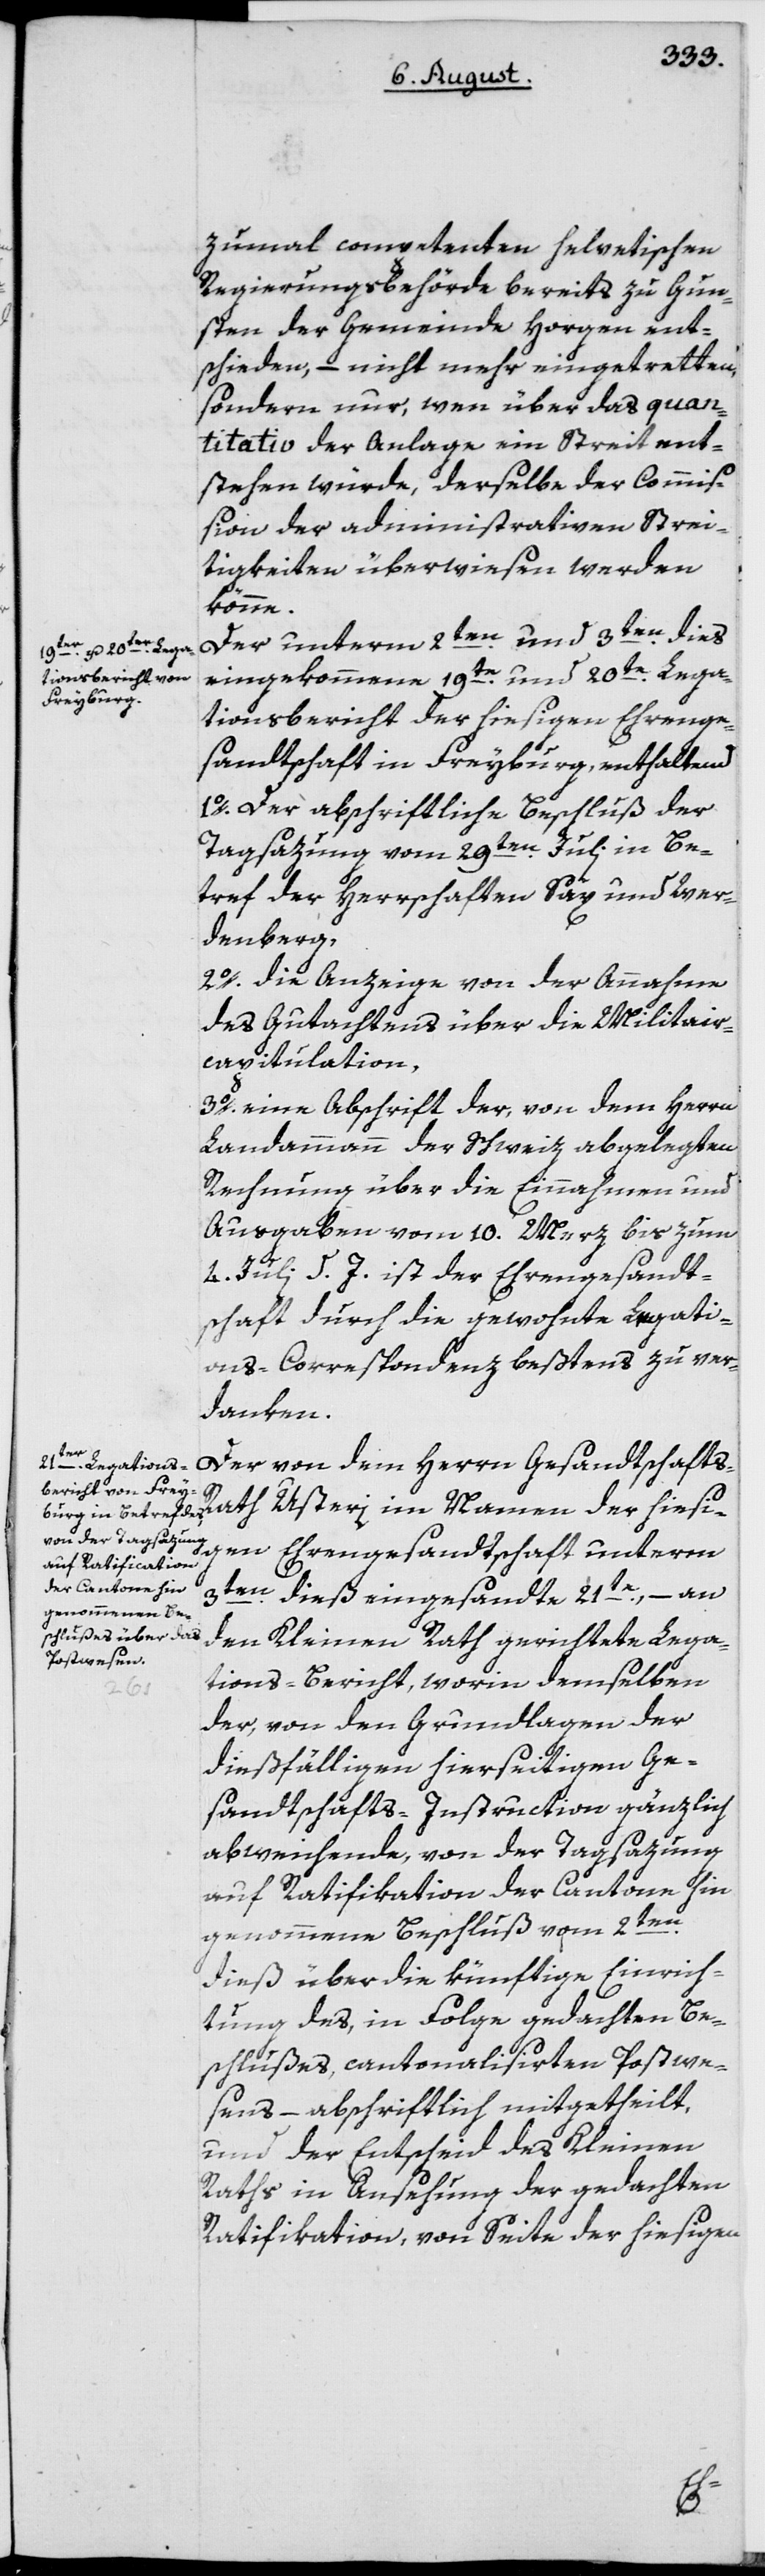
zumal competenten helvetischen
Regierungsbehörde bereits zu Gun¬
sten der Gemeinde Horgen ent¬
schieden, – nicht mehr eingetretten,
sondern nur, wenn über das quan¬
titativ der Anlage ein Streit ent¬
stehen würde, derselbe der Commiß¬
ion der administrativen Strei¬
tigkeiten überwiesen werden
könne.
Der unterm 2ten und 3ten dies
eingekommene 19te und 20te Lega¬
tionsbericht der hiesigen Ehrenge¬
sandtschaft in Freyburg, enthaltend
1o. Der abschriftiche Beschluß der
Tagsazung vom 29ten Juli in Be¬
tref der Herrschaften Sax und Wer¬
denberg,
2o. die Anzeige von der Annahme
des Gutachtens über die Militair¬
capitulation,
3o. eine Abschrift der, von dem Herrn
Landammann der Schweiz abgelegten
Rechnung über die Einnahmen und
Ausgaben vom 10. Merz bis zum
4. Juli d. J. ist der Ehrengesandt¬
schaft durch die gewohnte Legati¬
ons-Correspondenz beßtens zu ver¬
danken.
Der von dem Herrn Gesandtschafts-R¬
ath Usteri im Namen der hies¬
igen Ehrengesandtschaft unterm
3ten dieß eingesandte 21te, – an
den Kleinen Rath gerichtete Lega¬
tions-Bericht, worin demselben
der, von den Grundlagen der
dießfälligen hierseitigen Ge¬
sandtschafts-Instruction gänzlich
abweichende, von der Tagsazung
auf Ratifikation der Cantone hin
genommene Beschluß vom 2ten
dieß über die künftige Einrich¬
tung des, in Folge gedachten Be¬
schlußes, cantonalisirten Postwe¬
sens – abschriftlich mitgetheilt,
und der Entscheid des Kleinen
Raths in Ansehung der gedachten
Ratifikation, von Seite der hiesigen